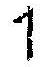
1